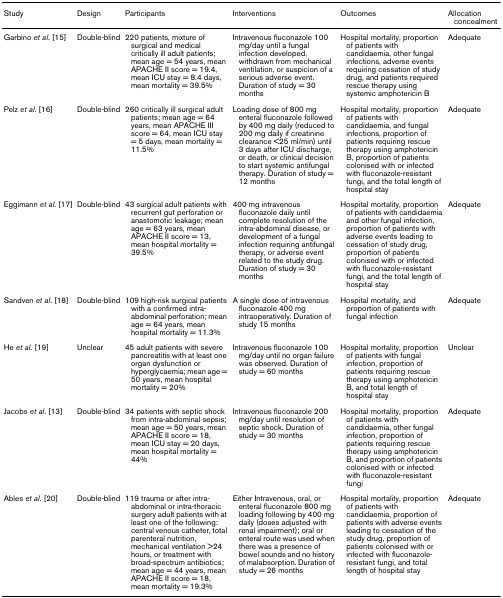
<table><thead><tr><td><b>Study</b></td><td><b>Design</b></td><td><b>Participants</b></td><td><b>Interventions</b></td><td><b>Outcomes</b></td><td><b>Allocation concealment</b></td></tr></thead><tbody><tr><td>Garbino <i>et al</i>. [15]</td><td>Double-blind</td><td>220 patients, mixture of surgical and medical critically ill adult patients; mean age = 54 years, mean APACHE II score = 19.4, mean ICU stay = 8.4 days, mean mortality = 39.5%</td><td>Intravenous fluconazole 100 mg/day until a fungal infection developed, withdrawn from mechanical ventilation, or suspicion of a serious adverse event. Duration of study = 30 months</td><td>Hospital mortality, proportion of patients with candidaemia, other fungal infections, adverse events requiring cessation of study drug, and patients required rescue therapy using systemic amphotericin B</td><td>Adequate</td></tr><tr><td>Pelz <i>et al</i>. [16]</td><td>Double-blind</td><td>260 critically ill surgical adult patients; mean age = 64 years, mean APACHE III score = 64, mean ICU stay = 5 days, mean mortality = 11.5%</td><td>Loading dose of 800 mg enteral fluconazole followed by 400 mg daily (reduced to 200 mg daily if creatinine clearance &lt;25 ml/min) until 3 days after ICU discharge, or death, or clinical decision to start systemic antifungal therapy. Duration of study = 12 months</td><td>Hospital mortality, proportion of patients with candidaemia, and fungal infections, proportion of patients requiring rescue therapy using amphotericin B, proportion of patients colonised with or infected with fluconazole-resistant fungi, and the total length of hospital stay</td><td>Adequate</td></tr><tr><td>Eggimann <i>et al</i>. [17]</td><td>Double-blind</td><td>43 surgical adult patients with recurrent gut perforation or anastomotic leakage; mean age = 63 years, mean APACHE II score = 13, mean hospital mortality = 39.5%</td><td>400 mg intravenous fluconazole daily until complete resolution of the intra-abdominal disease, or development of a fungal infection requiring antifungal therapy, or adverse event related to the study drug. Duration of study = 30 months</td><td>Hospital mortality, proportion of patients with candidaemia and other fungal infection, proportion of patients with adverse events leading to cessation of study drug, proportion of patients colonised with or infected with fluconazole-resistant fungi, and the total length of hospital stay</td><td>Adequate</td></tr><tr><td>Sandven <i>et al</i>. [18]</td><td>Double-blind</td><td>109 high-risk surgical patients with a confirmed intra-abdominal perforation; mean age = 64 years, mean hospital mortality = 11.3%</td><td>A single dose of intravenous fluconazole 400 mg intraoperatively. Duration of study 15 months</td><td>Hospital mortality, and proportion of patients with fungal infection</td><td>Adequate</td></tr><tr><td>He <i>et al</i>. [19]</td><td>Unclear</td><td>45 adult patients with severe pancreatitis with at least one organ dysfunction or hyperglycaemia; mean age = 50 years, mean hospital mortality = 20%</td><td>Intravenous fluconazole 100 mg/day until no organ failure was observed. Duration of study = 60 months</td><td>Hospital mortality, proportion of patients with fungal infection, proportion of patients requiring rescue therapy using amphotericin B, and total length of hospital stay</td><td>Unclear</td></tr><tr><td>Jacobs <i>et al</i>. [13]</td><td>Double-blind</td><td>34 patients with septic shock from intra-abdominal sepsis; mean age = 50 years, mean APACHE II score = 18, mean ICU stay = 20 days, mean hospital mortality = 44%</td><td>Intravenous fluconazole 200 mg/day until resolution of septic shock. Duration of study = 30 months</td><td>Hospital mortality, proportion of patients with candidaemia, other fungal infection, proportion of patients requiring rescue therapy using amphotericin B, and proportion of patients colonised with or infected with fluconazole-resistant fungi</td><td>Adequate</td></tr><tr><td>Ables <i>et al</i>. [20]</td><td>Double-blind</td><td>119 trauma or after intra-abdominal or intra-thoracic surgery adult patients with at least one of the following: central venous catheter, total parenteral nutrition, mechanical ventilation &gt;24 hours, or treatment with broad-spectrum antibiotics; mean age = 44 years, mean APACHE II score = 18, mean mortality = 19.3%</td><td>Either Intravenous, oral, or enteral fluconazole 800 mg loading following by 400 mg daily (doses adjusted with renal impairment); oral or enteral route was used when there was a presence of bowel sounds and no history of malabsorption. Duration of study = 26 months</td><td>Hospital mortality, proportion of patients with candidaemia, proportion of patients with adverse events leading to cessation of the study drug, proportion of patients colonised with or infected with fluconazole-resistant fungi, and total length of hospital stay</td><td>Adequate</td></tr></tbody></table>